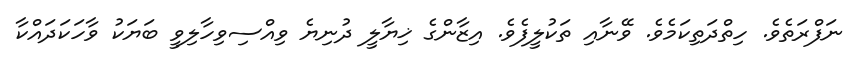
ނަފްރަތެވެ. ހިތްދަތިކަމެވެ. ވޭނާއި ތަކުލީފެވެ. އިޒާންގެ ޚިޔާލީ ދުނިޔެ ވިއްސިވިހާލިވީ ބަޔަކު ވާހަކަދައްކާ